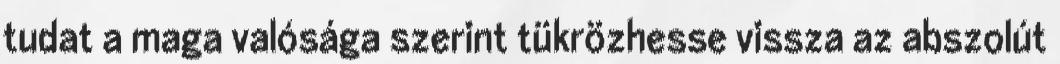
tudat a maga valósága szerint tükrözhesse vissza az abszolút